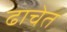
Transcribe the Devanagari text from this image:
ढाचेत